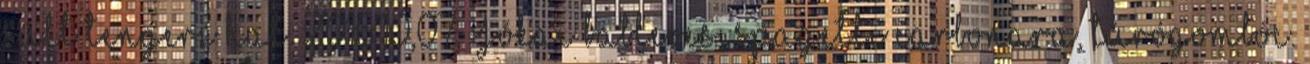
sült tengeri hal. 2016.10,07, Jókai bableves, spagetti carbonara, túrógombóc.